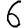
Digit: 6